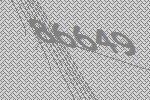
86649